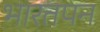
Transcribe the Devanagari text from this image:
भारतपन